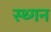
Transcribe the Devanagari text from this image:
स्थ्गन